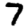
Digit: 7